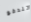
تندفع